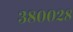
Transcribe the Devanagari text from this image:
३८००२८